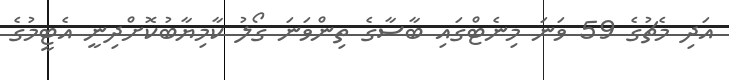
އަދި މެޗުގެ 59 ވަނަ މިނެޓްގައި ބާސާގެ ތިންވަނަ ގޯލު ކާމިޔާބުކޮށްދިނީ އެޓީމުގެ